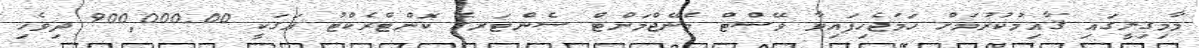
މާމިގިލީގައި ޤާއިމުކުރުމަށް ހަމަޖެހިފައިވާ ވޭސްޓް މެނޭޖްމަންޓް ސެންޓަރގެ ކޮންޓްރެކްޓު އަގަކީ 900